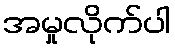
အမှုလိုက်ပါ